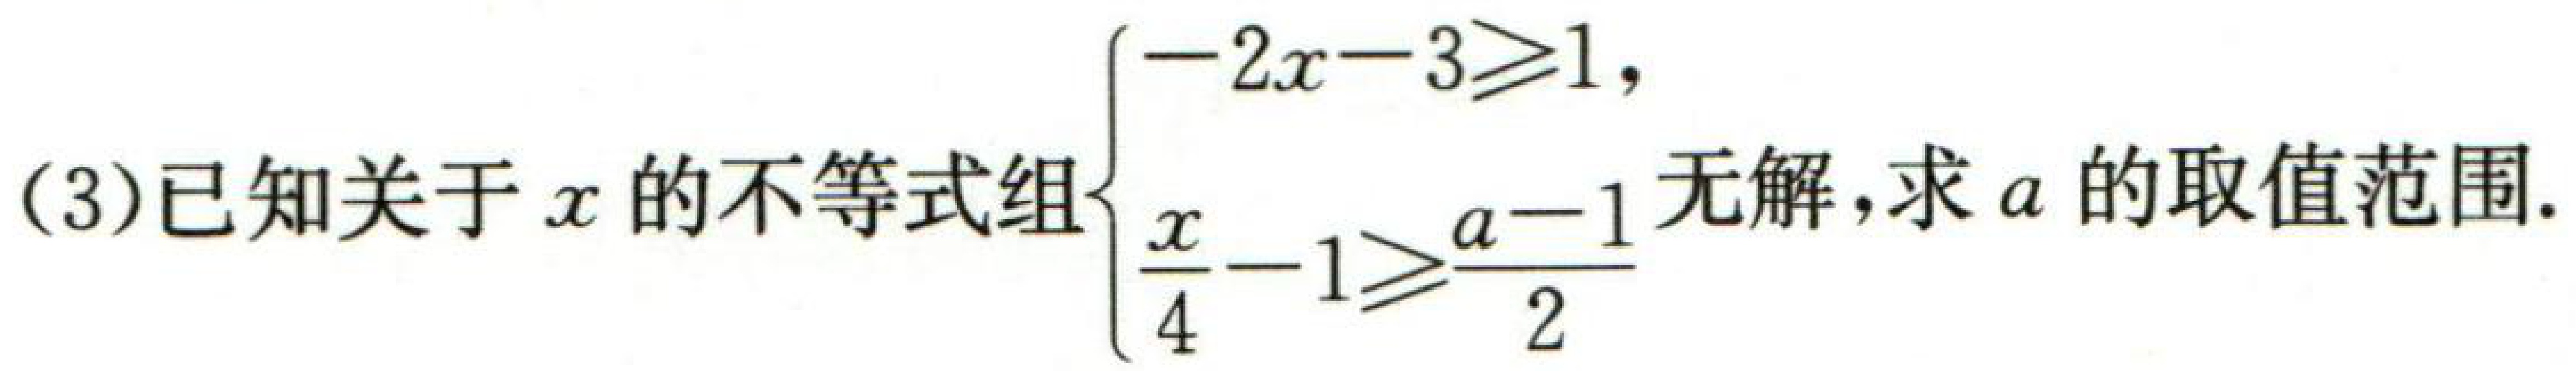
(3)已知关于\(x\)的不等式组\(\begin{cases}-2x - 3\geqslant1,\\\dfrac{x}{4}-1\geqslant\dfrac{a - 1}{2}\end{cases}\)无解，求\(a\)的取值范围.